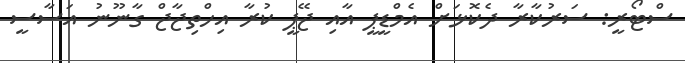
ސްޓޯރީ: ސަރުކާރާ ދެކޮޅަށް އެމްޑީޕީ އާއި ޖޭޕީ ކުރާ އިހްތިޖާޖް ގާނޫނު އަސާސީ